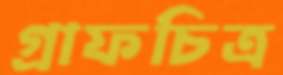
গ্রাফচিত্র